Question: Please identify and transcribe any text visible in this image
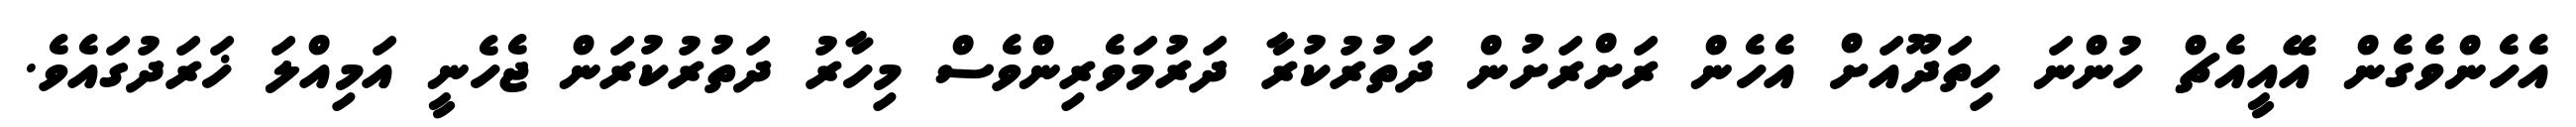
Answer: އެހެންވެގެން އޭއީއެޗް ހުންނަ ހިތަދޫއަށް އެހެން ރަށްރަށުން ދަތުރުކުރާ ދަރުމަވެރިންވެސް މިހާރު ދަތުރުކުރަން ޖެހެނީ އަމިއްލަ ޚަރަދުގައެވެ.